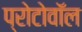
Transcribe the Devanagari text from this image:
प्रोटोवॉल